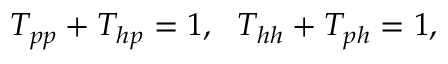
\begin{array} { r } { T _ { p p } + T _ { h p } = 1 , ~ ~ T _ { h h } + T _ { p h } = 1 , } \end{array}